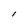
Character: l